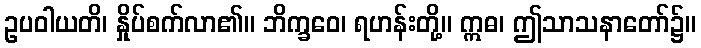
ဥပဝါယတိ၊ နှိုပ်စက်လာ၏။ ဘိက္ခဝေ၊ ရဟန်းတို့။ ဣဓ၊ ဤသာသနာတော်၌။